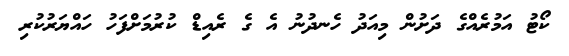
ކޯޓު އަމުރެއްގެ ދަށުން މިއަދު ހެނދުނު އެ ގެ ރެއިޑް ކުރުމަށްފަހު ހައްޔަރުކުރި